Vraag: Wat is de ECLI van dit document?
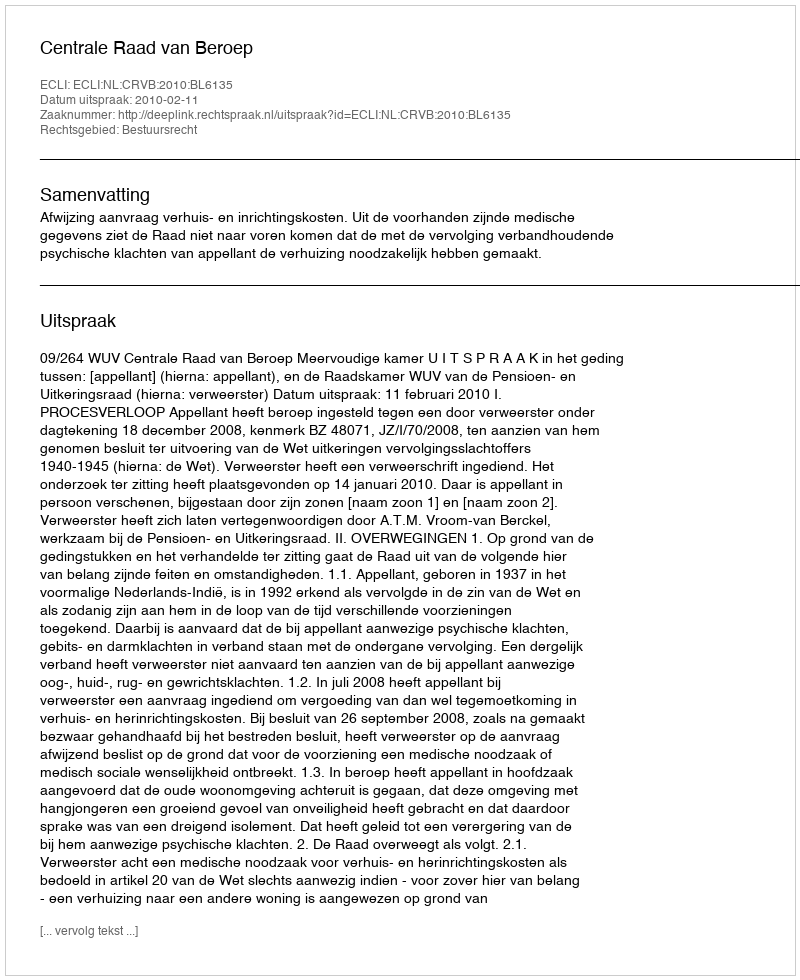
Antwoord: ECLI:NL:CRVB:2010:BL6135